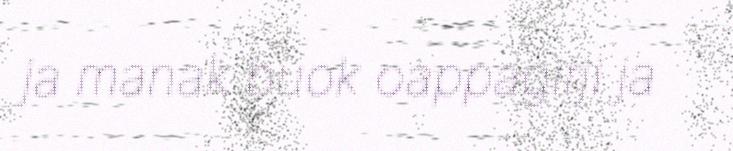
ja manak buok oappagirji ja